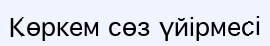
Көркем сөз үйірмесі